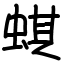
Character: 蜞